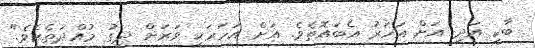
ބާކީ އަދި އަށް އަހަރު އެބައޮތެވެ. އަށް އަހަރަކީ ވަރަށް ދިގު މުއްދަތެކެވެ."